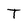
Character: T